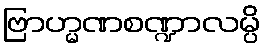
ဗြာဟ္မဏစဏ္ဍာလမ္ပိ